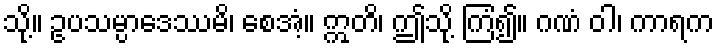
သို့။ ဥပသမ္ပာဒေဿမိ၊ စေအံ့။ ဣတိ၊ ဤသို့ ကြံ၍။ ဂဏံ ဝါ၊ ကာရက